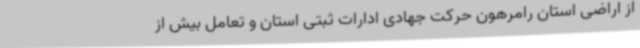
از اراضی استان رامرهون حرکت جهادی ادارات ثبتی استان و تعامل بیش از